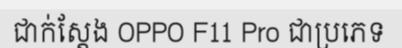
ជាក់ស្តែង OPPO F11 Pro ជាប្រភេទ